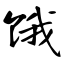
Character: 饿